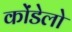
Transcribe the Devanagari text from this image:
कोंडेलो